Source: Handwritten
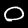
Digit: ၀ (0)